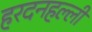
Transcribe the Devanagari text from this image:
हरदनहल्ली